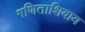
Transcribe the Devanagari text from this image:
गणिताशिवाय